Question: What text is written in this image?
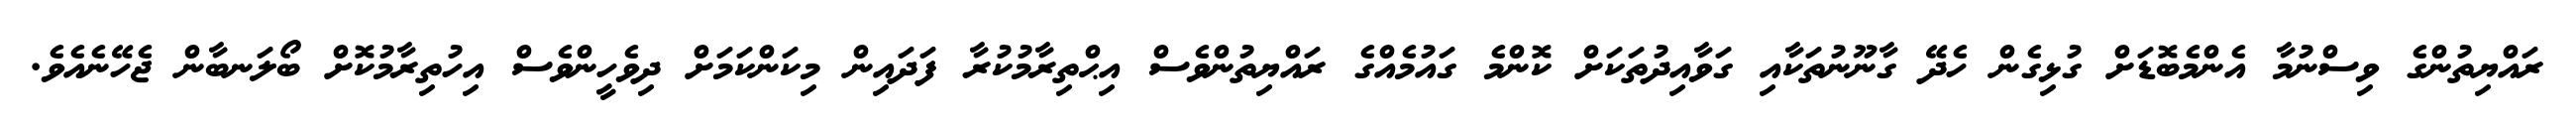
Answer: ރައްޔިތުންގެ ވިސްނުމާ އެންމެބޮޑަށް ގުޅިގެން ހެދޭ ގާނޫނުތަކާއި ގަވާއިދުތަކަށް ކޮންމެ ގައުމެއްގެ ރައްޔިތުންވެސް އިޙްތިރާމުކުރާ ފަދައިން މިކަންކަމަށް ދިވެހީންވެސް އިހުތިރާމުކޮށް ބޯލަނބާން ޖެހޭނެއެވެ.